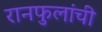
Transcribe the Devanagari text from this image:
रानफुलांची